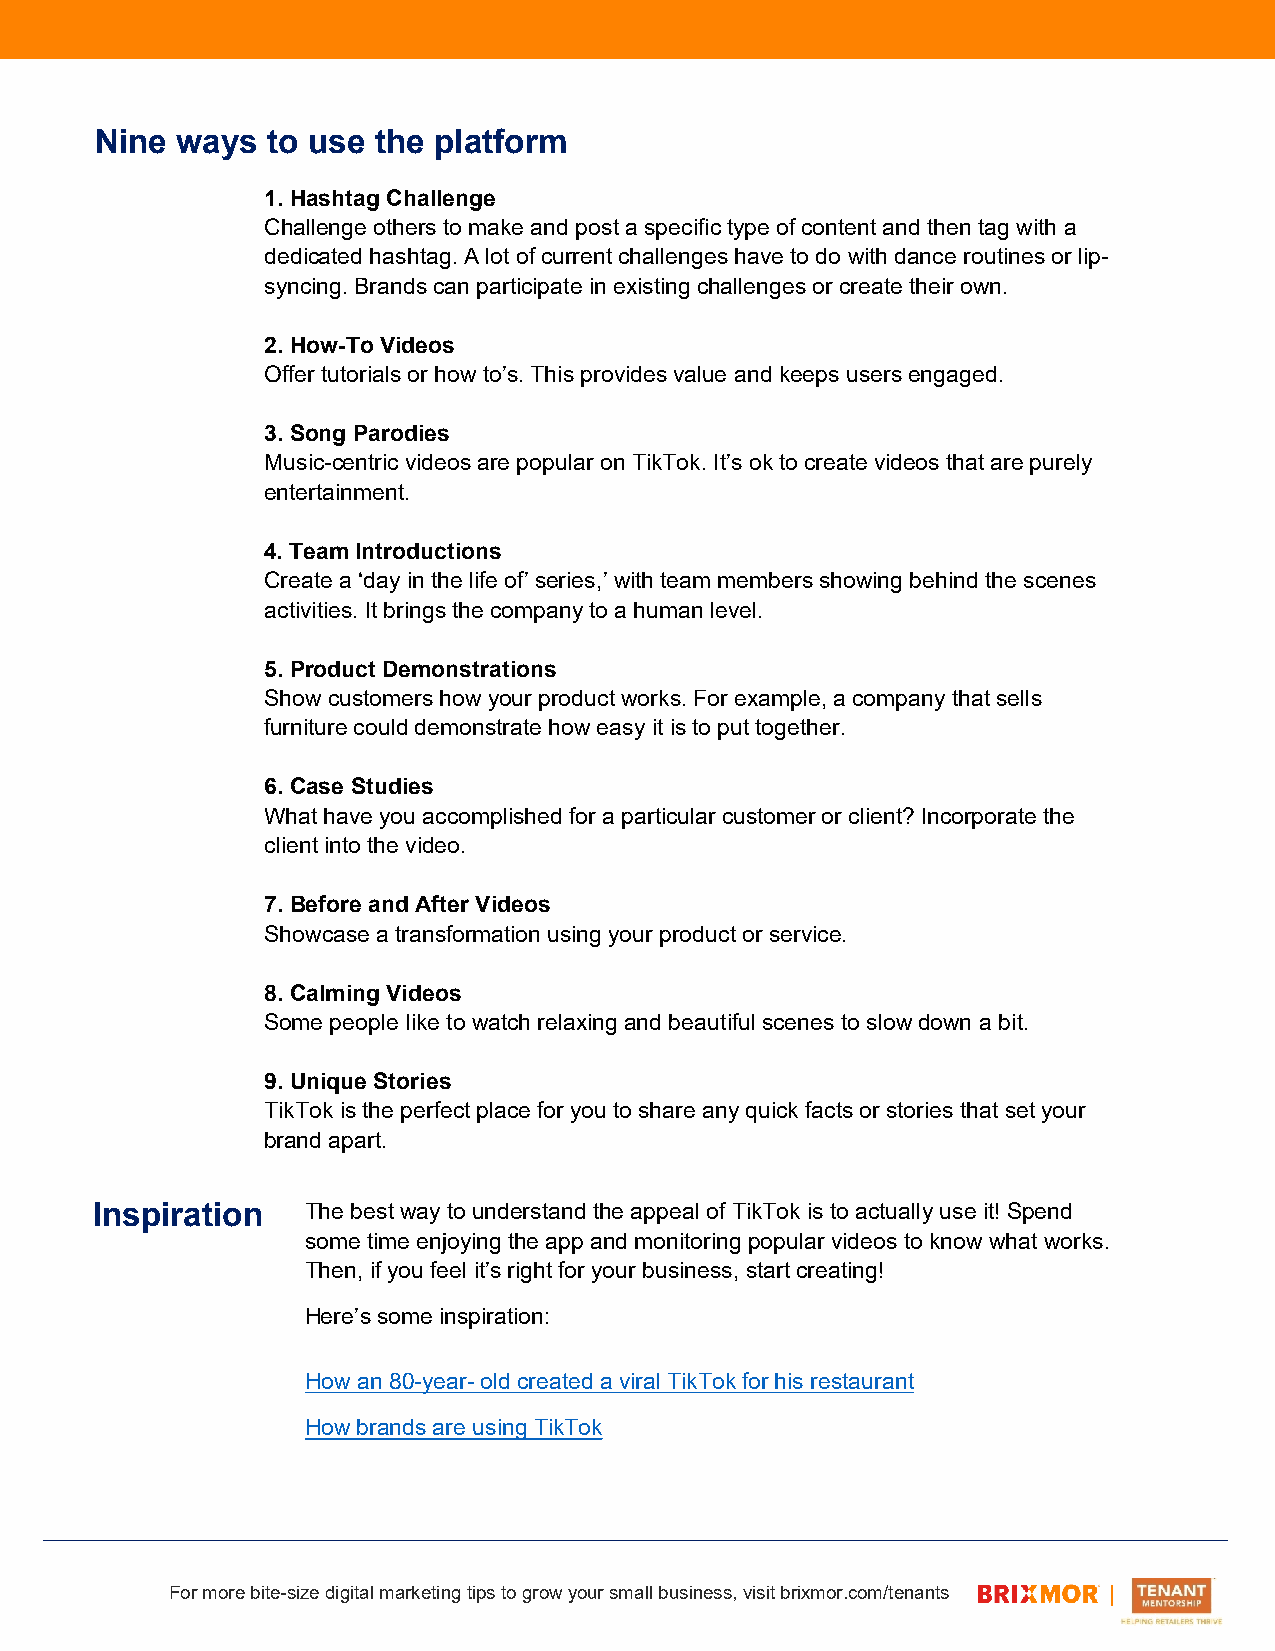
Nine  ways  to use the platform
 1.Hashtag Challenge
 Challenge others to make and post a specific type of content and then tag with a
 dedicated hashtag. A lot of current challenges have to do with dance routines or lip-
 syncing. Brands can participate in existing challenges or create their own.
 2.How-To Videos
 Offer tutorials or how to’s. This provides value and keeps users engaged.
 3.Song Parodies
 Music-centric videos are popular on TikTok. It’s ok to create videos that are purely
 entertainment.
 4.Team Introductions
 Create a ‘day in the life of’ series,’ with team members showing behind the scenes
 activities. It brings the company to a human level.
 5.Product Demonstrations
 Show customers how your product works. For example, a company that sells
 furniture could demonstrate how easy it is to put together.
 6.Case Studies
 What have you accomplished for a particular customer or client? Incorporate the
 client into the video.
 7.Before and After Videos
 Showcase a transformation using your product or service.
 8.Calming Videos
 Some people like to watch relaxing and beautiful scenes to slow down a bit.
 9.Unique Stories
 TikTok is the perfect place for you to share any quick facts or stories that set your
 brand apart.
 Inspiration   The best way to understand the appeal of TikTok is to actually use it! Spend
 some time enjoying the app and monitoring popular videos to know what works.
 Then, if you feel it’s right for your business, start creating!
 Here’s some inspiration:
 How an 80-year-old created a viral TikTok for his restaurant
 How brands are using TikTok
 For more bite-size digital marketing tips to grow your small business, visit brixmor.com/tenants l